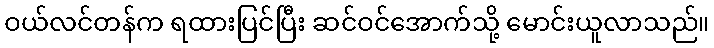
ဝယ်လင်တန်က ရထားပြင်ပြီး ဆင်ဝင်အောက်သို့ မောင်းယူလာသည်။